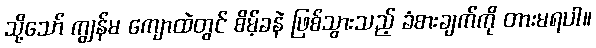
သို့သော် ကျွန်မ ကျောထဲတွင် စိမ့်ခနဲ ဖြစ်သွားသည့် ခံစားချက်ကို တားမရပါ။